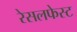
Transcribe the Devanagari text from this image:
रेसलफेस्ट